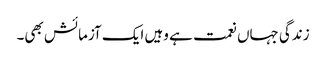
زندگی جہاں نعمت ہے وہیں ایک آزمائش بھی۔